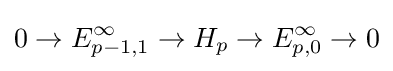
0\to E_{p-1,1}^{\infty }\to H_{p}\to E_{p,0}^{\infty }\to 0